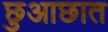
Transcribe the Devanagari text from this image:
छुआछात